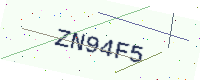
Text: ZN94F5